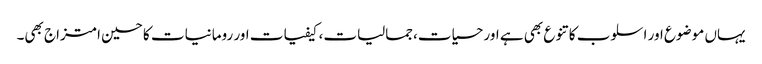
یہاں موضوع اور اسلوب کا تنوع بھی ہے اور حسیات،جمالیات، کیفیات اور رومانیات کا حسین امتزاج بھی۔